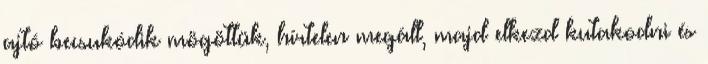
ajtó becsukódik mögöttük, hírtelen megáll, majd elkezd kutakodni és